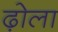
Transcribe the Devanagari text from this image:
ढ़ोला